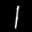
Label: 1